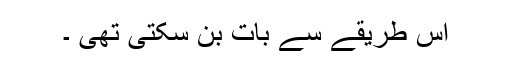
اس طریقے سے بات بن سکتی تھی ۔